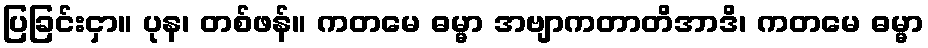
ပြခြင်းငှာ။ ပုန၊ တစ်ဖန်။ ကတမေ ဓမ္မာ အဗျာကတာတိအာဒိ၊ ကတမေ ဓမ္မာ